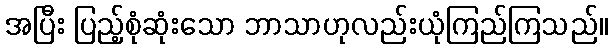
အပြီး ပြည့်စုံဆုံးသော ဘာသာဟုလည်းယုံကြည်ကြသည်။